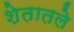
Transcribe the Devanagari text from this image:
शेतातले